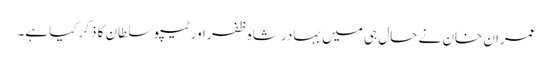
عمران خان نے حال ہی میں بہادر شاہ ظفر اور ٹیپو سلطان کا ذکرکیا ہے۔